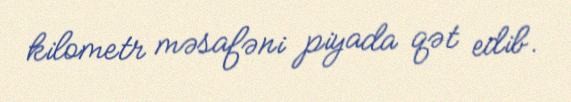
kilometr məsafəni piyada qət edib.